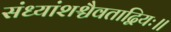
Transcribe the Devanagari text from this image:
संध्यांशश्चैवताद्वियः॥